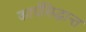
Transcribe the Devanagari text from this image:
कार्यसिद्धान्त